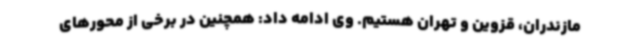
مازندران، قزوین و تهران هستیم. وی ادامه داد: همچنین در برخی از محورهای